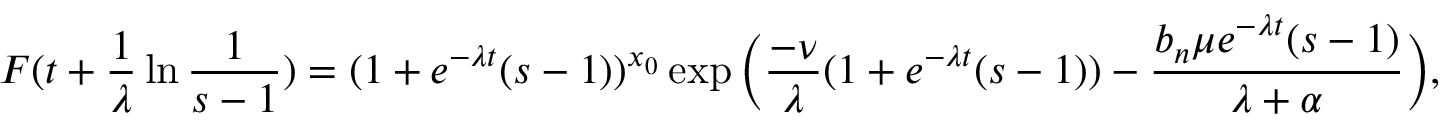
F ( t + \frac { 1 } { \lambda } \ln { \frac { 1 } { s - 1 } } ) = ( 1 + e ^ { - \lambda t } ( s - 1 ) ) ^ { x _ { 0 } } \exp \Big ( \frac { - \nu } { \lambda } ( 1 + e ^ { - \lambda t } ( s - 1 ) ) - \frac { b _ { n } \mu e ^ { - \lambda t } ( s - 1 ) } { \lambda + \alpha } \Big ) ,